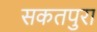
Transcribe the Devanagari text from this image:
सकतपुरा